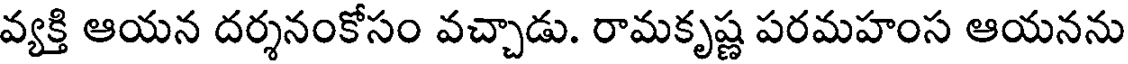
వ్యక్తి ఆయన దర్శనంకోసం వచ్చాడు. రామకృష్ణ పరమహంస ఆయనను